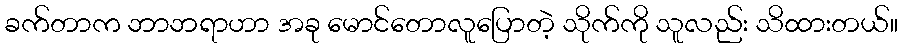
ခက်တာက ဘာဘရာဟာ အခု မောင်တောလူပြောတဲ့ သိုက်ကို သူလည်း သိထားတယ်။